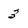
Character: 3